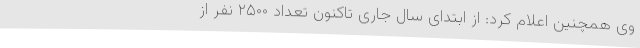
وی همچنین اعلام کرد: از ابتدای سال جاری تاکنون تعداد ۲۵۰۰ نفر از